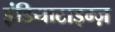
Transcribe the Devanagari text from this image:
इंडियाटाइम्‍ज़